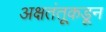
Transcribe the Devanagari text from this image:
अक्षतंतूकडून